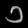
Digit: ၁